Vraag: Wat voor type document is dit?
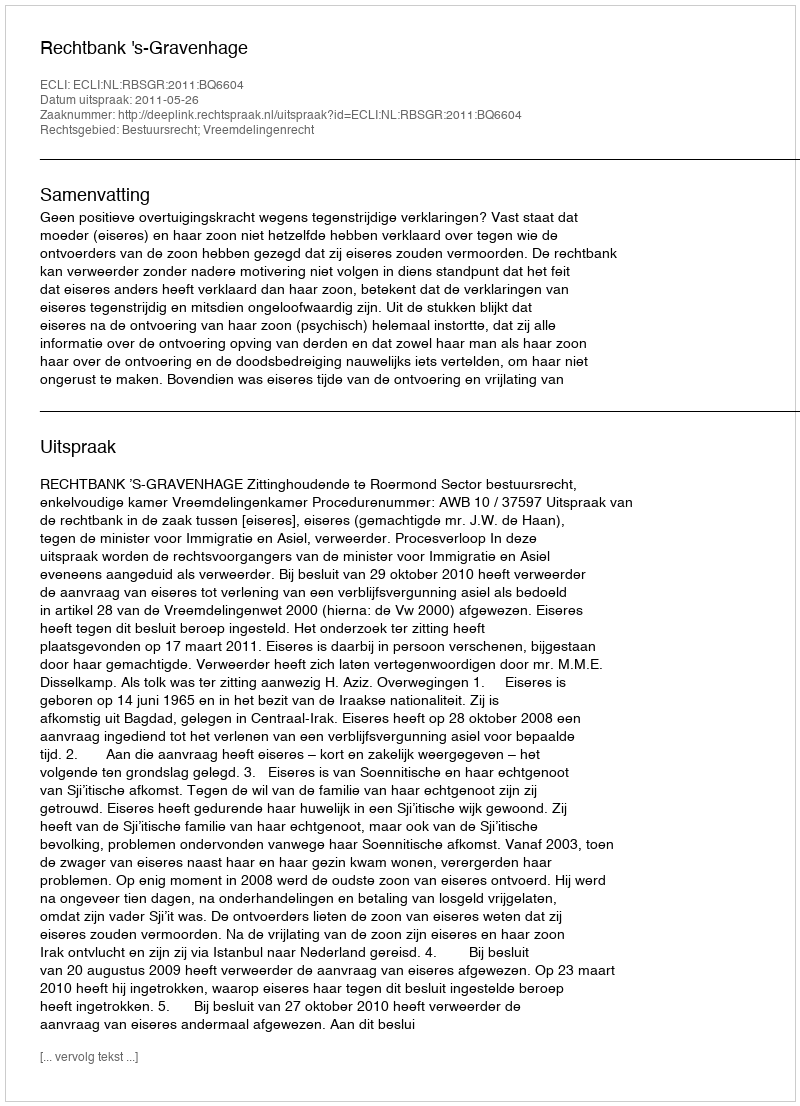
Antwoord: Uitspraak